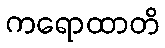
ကရောထာတိ